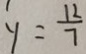
y = \frac { 1 2 } { 7 }